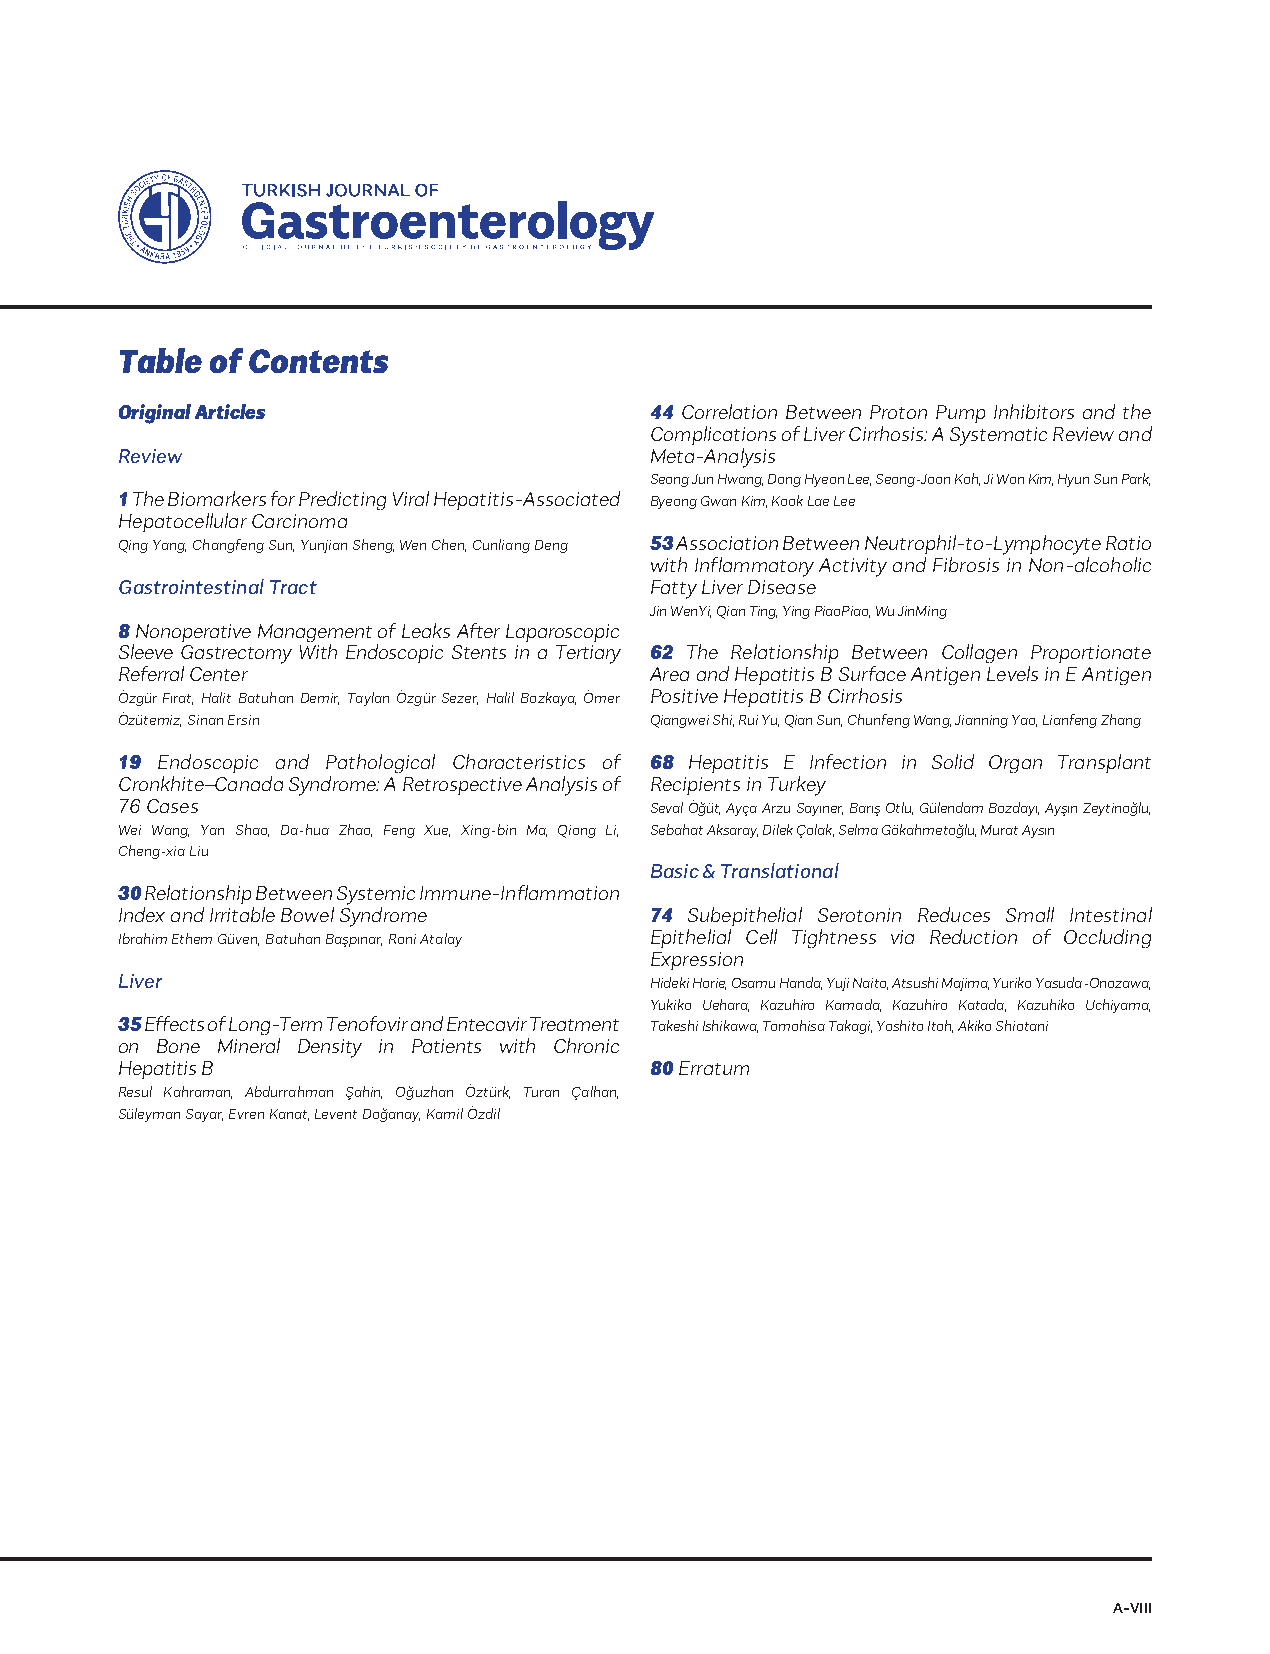
Table of Contents
 Original Articles                  44 Correlation Between Proton Pump Inhibitors and the
 Complications of Liver Cirrhosis: A Systematic Review and
 Review                             Meta-Analysis
 Seong Jun Hwang, Dong Hyeon Lee, Seong-Joon Koh, Ji Won Kim, Hyun Sun Park,
 1 The Biomarkers for Predicting Viral Hepatitis-Associated Byeong Gwan Kim, Kook Lae Lee
 Hepatocellular Carcinoma
 Qing Yang, Changfeng Sun, Yunjian Sheng, Wen Chen, Cunliang Deng 53 Association Between Neutrophil-to-Lymphocyte Ratio
 with Inflammatory Activity and Fibrosis in Non-alcoholic
 Gastrointestinal Tract             Fatty Liver Disease
 Jin WenYi, Qian Ting, Ying PiaoPiao, Wu JinMing
 8 Nonoperative Management of Leaks After Laparoscopic
 Sleeve Gastrectomy With Endoscopic Stents in a Tertiary 62 The Relationship Between Collagen Proportionate
 Referral Center                    Area and Hepatitis B Surface Antigen Levels in E Antigen
 Özgür Fırat, Halit Batuhan Demir, Taylan Özgür Sezer, Halil Bozkaya, Ömer Positive Hepatitis B Cirrhosis
 Özütemiz, Sinan Ersin              Qiangwei Shi, Rui Yu, Qian Sun, Chunfeng Wang, Jianning Yao, Lianfeng Zhang
 19 Endoscopic and Pathological Characteristics of 68 Hepatitis E Infection in Solid Organ Transplant
 Cronkhite–Canada Syndrome: A Retrospective Analysis of Recipients in Turkey
 76 Cases                           Seval Öğüt, Ayça Arzu Sayıner, Barış Otlu, Gülendam Bozdayı, Ayşın Zeytinoğlu,
 Wei Wang, Yan Shao, Da-hua Zhao, Feng Xue, Xing-bin Ma, Qiong Li, Sebahat Aksaray, Dilek Çolak, Selma Gökahmetoğlu, Murat Aysın
 Cheng-xia Liu
 Basic & Translational
 30 Relationship Between Systemic Immune-Inflammation
 Index and Irritable Bowel Syndrome 74 Subepithelial Serotonin Reduces Small Intestinal
 İbrahim Ethem Güven, Batuhan Başpınar, Roni Atalay Epithelial Cell Tightness via Reduction of Occluding
 Expression
 Liver                              Hideki Horie, Osamu Handa, Yuji Naito, Atsushi Majima, Yuriko Yasuda-Onozawa,
 Yukiko Uehara, Kazuhiro Kamada, Kazuhiro Katada, Kazuhiko Uchiyama,
 35 Effects of Long-Term Tenofovir and Entecavir Treatment Takeshi Ishikawa, Tomohisa Takagi, Yoshito Itoh, Akiko Shiotani
 on Bone Mineral Density in Patients with Chronic
 Hepatitis B                        80 Erratum
 Resul Kahraman, Abdurrahman Şahin, Oğuzhan Öztürk, Turan Çalhan,
 Süleyman Sayar, Evren Kanat, Levent Doğanay, Kamil Özdil
 A-VIII